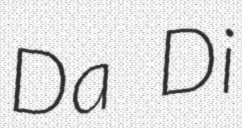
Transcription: Da Di